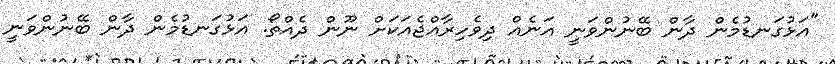
"އަޅުގަނޑުމެން ދާން ބޭނުންވަނީ އަނެއް ދިވެހިރާއްޖެއަކަށް ނޫން ދެއްތޯ. އަޅުގަނޑުމެން ދާން ބޭނުންވަނީ